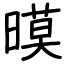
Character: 暯